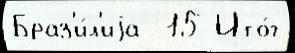
Браз'и́л'иjа  15 Ито́г